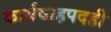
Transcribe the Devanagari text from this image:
कार्यवाहपदही